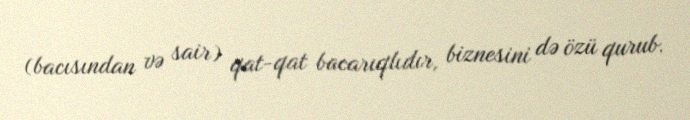
(bacısından və sair) qat-qat bacarıqlıdır, biznesini də özü qurub.